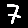
Digit: 7